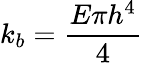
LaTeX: k_{b}=\frac{E\pi h^{4}}{4}